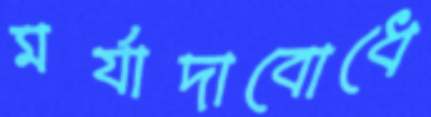
মর্যাদাবোধে